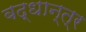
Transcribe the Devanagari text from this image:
बद्धान्त्र